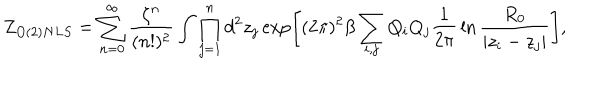
LaTeX: Z _ { O ( 2 ) N L S } = \sum _ { n = 0 } ^ { \infty } { \frac { \zeta ^ { n } } { ( n ! ) ^ { 2 } } } \int \prod _ { j = 1 } ^ { n } d ^ { 2 } z _ { j } \exp \left[ ( 2 \pi ) ^ { 2 } \beta \sum _ { i , j } Q _ { i } Q _ { j } { \frac { 1 } { 2 \pi } } \ln { \frac { R _ { 0 } } { | z _ { i } - z _ { j } | } } \right] ,